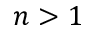
n > 1